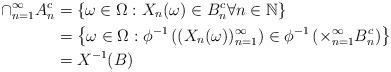
LaTeX: \begin{align*}\cap_{n=1}^{\infty} A_n^c &=\left\{\omega \in \Omega: X_n(\omega) \in B_n^c \forall n \in \mathbb{N}\right\} \\&= \left\{\omega \in \Omega : \phi^{-1}\left((X_n(\omega))_{n=1}^{\infty}\right) \in \phi^{-1}\left(\times_{n=1}^{\infty} B_n^c \right)\right\}\\&= X^{-1}(B)\end{align*}